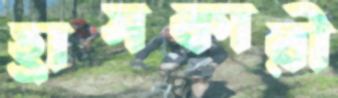
হ্রাসকারী